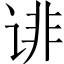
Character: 诽